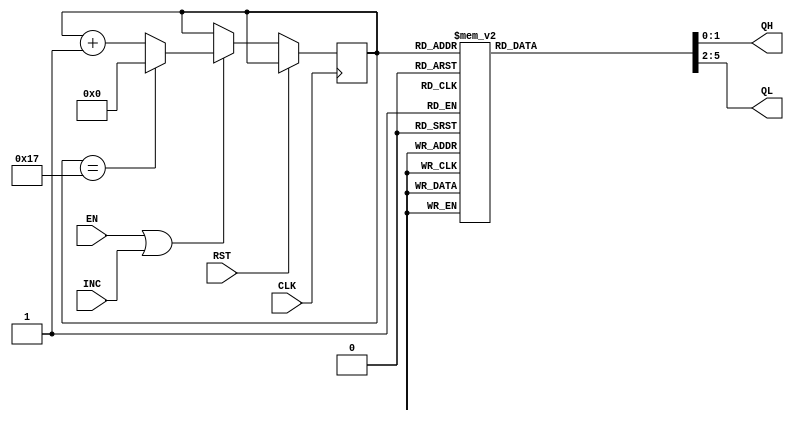
module HOURCNT(
	input CLK, RST,
	input EN, INC,
	output reg [1:0] QH,
	output reg [3:0] QL
	);
	
	reg [4:0] cnt24;
	
	// 24 counter
	always @(posedge CLK) begin
		if(RST)
			cnt <=5'd0;
		else if(EN|INC) begin
			if(cnt24==5'd23)
				cnt24<=5'd0;
			else
				cnt24<=cnt24+1'b1;
		end
	end
	
	
	always @* begin
		case(cnt24)
			5'd0: begin QH=2'd0; QL=4'd0; end
			5'd1: begin QH=2'd0; QL=4'd1; end
			5'd2: begin QH=2'd0; QL=4'd2; end
			5'd3: begin QH=2'd0; QL=4'd3; end
			5'd4: begin QH=2'd0; QL=4'd4; end
			5'd5: begin QH=2'd0; QL=4'd5; end
			5'd6: begin QH=2'd0; QL=4'd6; end
			5'd7: begin QH=2'd0; QL=4'd7; end
			5'd8: begin QH=2'd0; QL=4'd8; end
			5'd9: begin QH=2'd0; QL=4'd9; end
			5'd10: begin QH=2'd1; QL=4'd0; end
			5'd11: begin QH=2'd1; QL=4'd1; end
			5'd12: begin QH=2'd1; QL=4'd2; end
			5'd13: begin QH=2'd1; QL=4'd3; end
			5'd14: begin QH=2'd1; QL=4'd4; end
			5'd15: begin QH=2'd1; QL=4'd5; end
			5'd16: begin QH=2'd1; QL=4'd6; end
			5'd17: begin QH=2'd1; QL=4'd7; end
			5'd18: begin QH=2'd1; QL=4'd8; end
			5'd19: begin QH=2'd1; QL=4'd9; end
			5'd20: begin QH=2'd2; QL=4'd0; end
			5'd21: begin QH=2'd2; QL=4'd1; end
			5'd22: begin QH=2'd2; QL=4'd2; end
			5'd23: begin QH=2'd2; QL=4'd3; end
			default: begin QH=2'bx; QL=4'dx; end
		endcase
end

endmodule